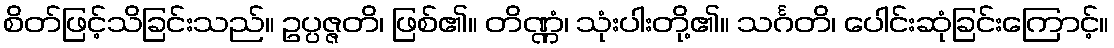
စိတ်ဖြင့်သိခြင်းသည်။ ဥပ္ပဇ္ဇတိ၊ ဖြစ်၏။ တိဏ္ဏံ၊ သုံးပါးတို့၏။ သင်္ဂတိ၊ ပေါင်းဆုံခြင်းကြောင့်။